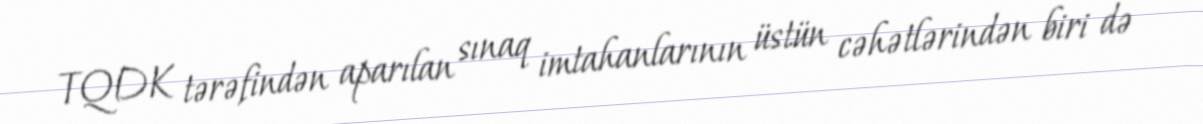
TQDK tərəfindən aparılan sınaq imtahanlarının üstün cəhətlərindən biri də